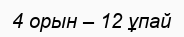
4 орын – 12 ұпай